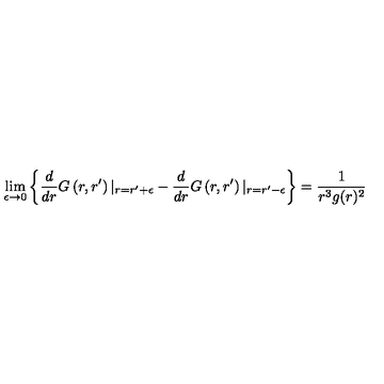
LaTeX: \lim _ { \epsilon \to 0 } \left\{ \frac { d } { d r } G \left( r , r ^ { \prime } \right) \vert _ { r = r ^ { \prime } + \epsilon } - \frac { d } { d r } G \left( r , r ^ { \prime } \right) \vert _ { r = r ^ { \prime } - \epsilon } \right\} = \frac { 1 } { r ^ { 3 } g ( r ) ^ { 2 } }